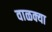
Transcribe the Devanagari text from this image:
वाळक्या